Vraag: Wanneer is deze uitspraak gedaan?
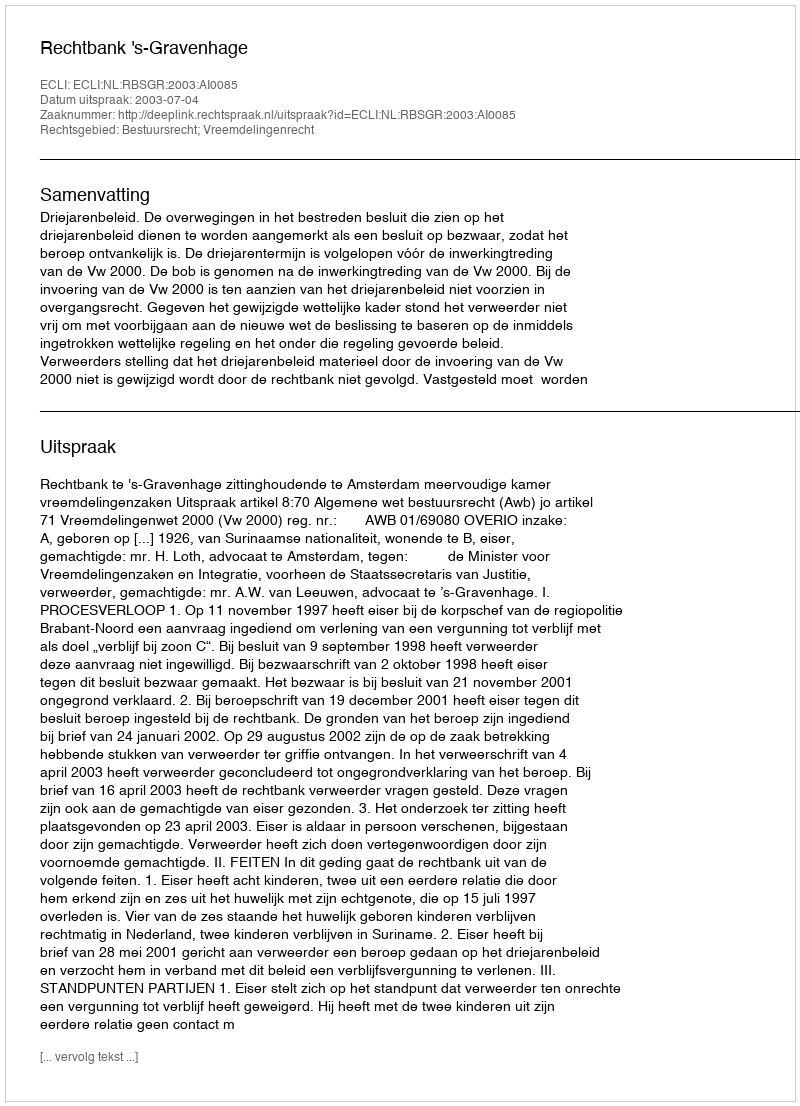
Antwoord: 2003-07-04